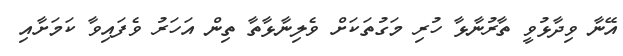
އޭނާ ވިދާޅުވީ ތާރުނާޅާ ހުރި މަގުތަކަށް ވެލިނާޅާތާ ތިން އަހަރު ވެފައިވާ ކަމަށާއި